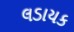
લડાયક